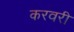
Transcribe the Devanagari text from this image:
करवरी